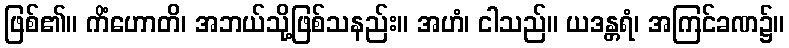
ဖြစ်၏။ ကိံဟောတိ၊ အဘယ်သို့ဖြစ်သနည်း။ အဟံ၊ ငါသည်။ ယဒန္တရံ၊ အကြင်ခဏ၌။